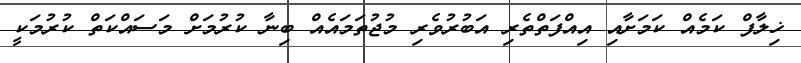
ޚިލާފް ކަމެއް ކަމަށާއި އިއްފަތްތެރި އަބުރުވެރި މުޖުތަމައެއް ބިނާ ކުރުމަށް މަސައްކަތް ކުރުމަކީ